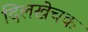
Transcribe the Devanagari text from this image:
दिलखेचक